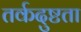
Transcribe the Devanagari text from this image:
तर्कदुष्टता